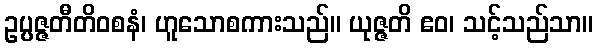
ဥပ္ပဇ္ဇတီတိဝစနံ၊ ဟူသောစကားသည်။ ယုဇ္ဇတိ ဧဝ၊ သင့်သည်သာ။